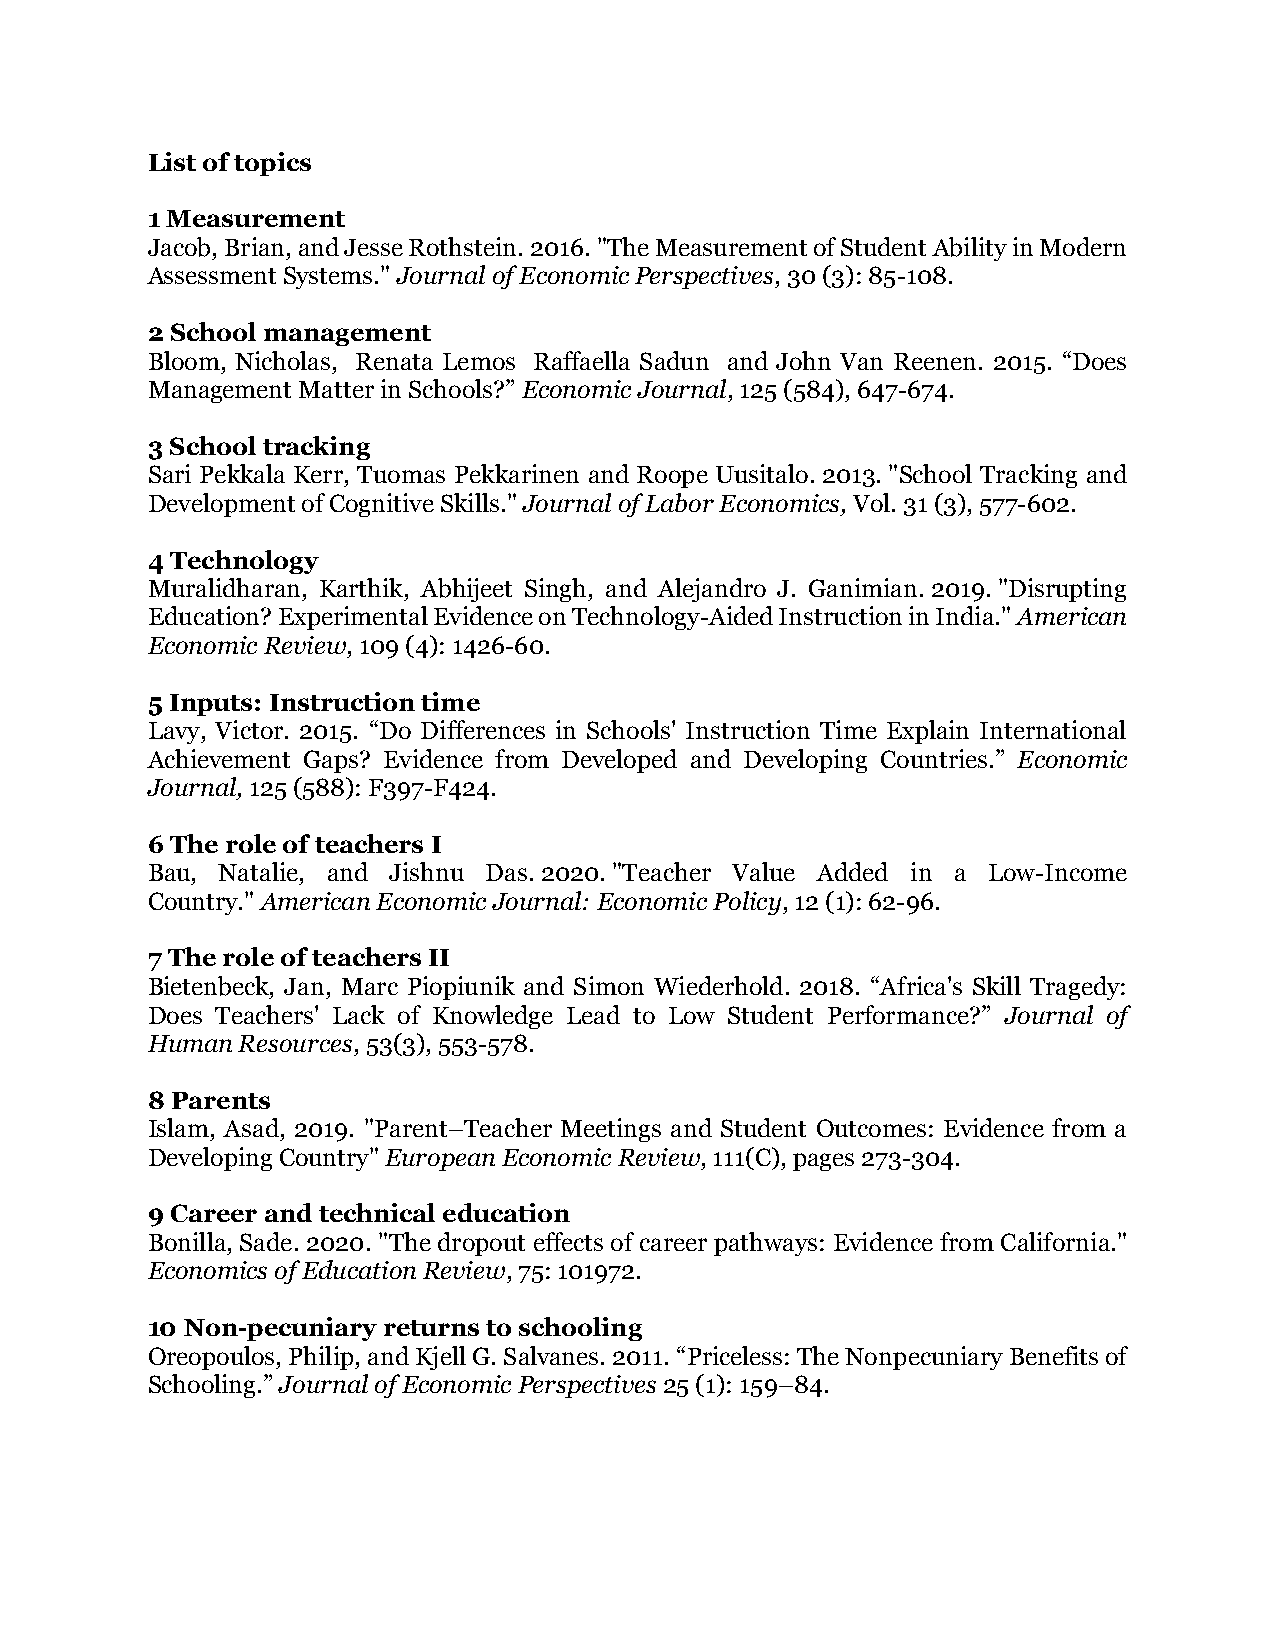
List of topics
 1 Measurement
 Jacob, Brian, and Jesse Rothstein. 2016. "The Measurement of Student Ability in Modern
 Assessment Systems." Journal of Economic Perspectives, 30 (3): 85-108.
 2 School management
 Bloom, Nicholas, Renata Lemos Raffaella Sadun and John Van Reenen. 2015. “Does
 Management Matter in Schools?” Economic Journal, 125 (584), 647-674.
 3 School tracking
 Sari Pekkala Kerr, Tuomas Pekkarinen and Roope Uusitalo. 2013. "School Tracking and
 Development of Cognitive Skills." Journal of Labor Economics, Vol. 31 (3), 577-602.
 4 Technology
 Muralidharan, Karthik, Abhijeet Singh, and Alejandro J. Ganimian. 2019. "Disrupting
 Education? Experimental Evidence on Technology-Aided Instruction in India." American
 Economic Review, 109 (4): 1426-60.
 5 Inputs: Instruction time
 Lavy, Victor. 2015. “Do Differences in Schools' Instruction Time Explain International
 Achievement Gaps? Evidence from Developed and Developing Countries.” Economic
 Journal, 125 (588): F397-F424.
 6 The role of teachers I
 Bau, Natalie, and Jishnu Das. 2020. "Teacher Value Added in a Low-Income
 Country." American Economic Journal: Economic Policy, 12 (1): 62-96.
 7 The role of teachers II
 Bietenbeck, Jan, Marc Piopiunik and Simon Wiederhold. 2018. “Africa's Skill Tragedy:
 Does Teachers' Lack of Knowledge Lead to Low Student Performance?” Journal of
 Human Resources, 53(3), 553-578.
 8 Parents
 Islam, Asad, 2019. "Parent–Teacher Meetings and Student Outcomes: Evidence from a
 Developing Country" European Economic Review, 111(C), pages 273-304.
 9 Career and technical education
 Bonilla, Sade. 2020. "The dropout effects of career pathways: Evidence from California."
 Economics of Education Review, 75: 101972.
 10 Non-pecuniary returns to schooling
 Oreopoulos, Philip, and Kjell G. Salvanes. 2011. “Priceless: The Nonpecuniary Benefits of
 Schooling.” Journal of Economic Perspectives 25 (1): 159–84.